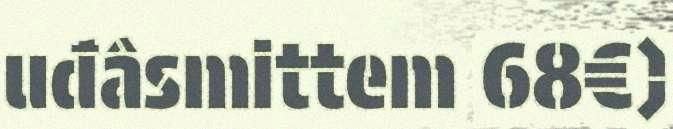
uđâsmittem 68€)